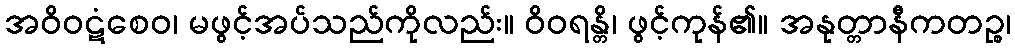
အဝိဝဋံစေဝ၊ မဖွင့်အပ်သည်ကိုလည်း။ ဝိဝရန္တိ၊ ဖွင့်ကုန်၏။ အနုတ္တာနီကတဉ္စ၊